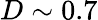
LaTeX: D\sim 0.7